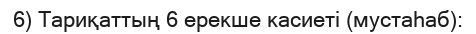
6) Тариқаттың 6 ерекше касиеті (мустаһаб):